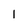
Character: 1